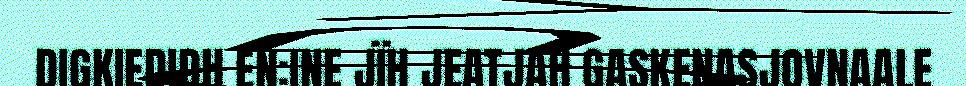
DIGKIEDIDH EN:INE JÏH JEATJAH GASKENASJOVNAALE